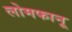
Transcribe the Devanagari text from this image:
लोमफानू